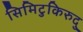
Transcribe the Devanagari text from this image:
सिमिटुकिरुदु